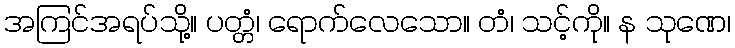
အကြင်အရပ်သို့။ ပတ္တံ၊ ရောက်လေသော။ တံ၊ သင့်ကို။ န သုဏေ၊